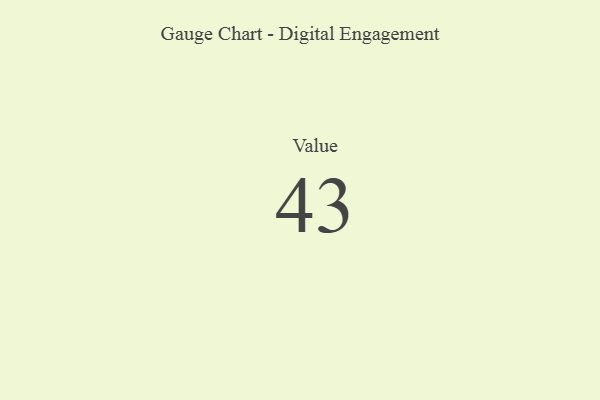
{"axis": {"x": "Metric", "y": "Value"}, "legend": [""], "data": [{"x": "Value", "y": 43, "type": ""}]}